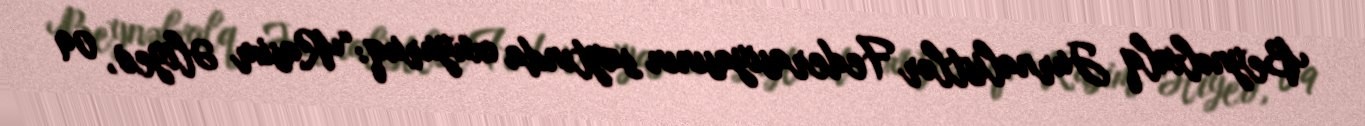
Beynəlxalq Jurnalistlər Federasiyasının saytında oxuyuruq:“Rasim Əliyev, 09